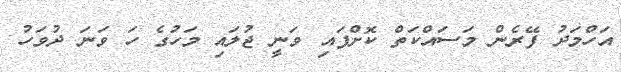
އަހްމަދު ފޭރެން މަސައްކަތް ކޮށްފައި ވަނީ ޖުލައި މަހުގެ ހަ ވަނަ ދުވަހު